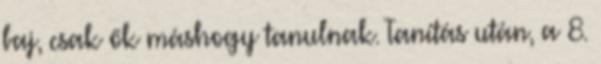
baj, csak ők máshogy tanulnak. Tanítás után, a 8.